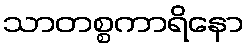
သာတစ္စကာရိနော